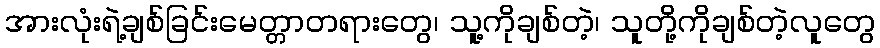
အားလုံးရဲ့ချစ်ခြင်းမေတ္တာတရားတွေ၊ သူ့ကိုချစ်တဲ့၊ သူတို့ကိုချစ်တဲ့လူတွေ